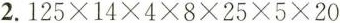
2.$$125\times14\times4\times8\times25\times5\times20$$